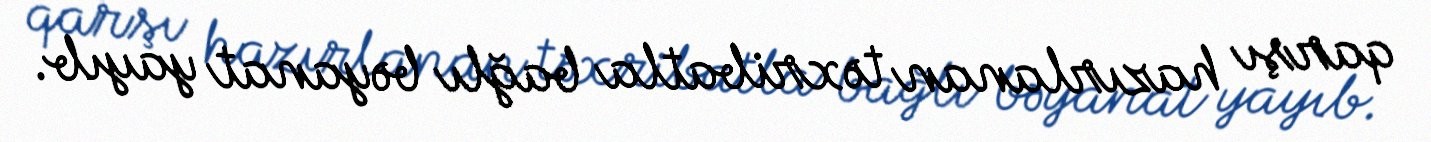
qarşı hazırlanan təxribatla bağlı bəyanat yayıb.